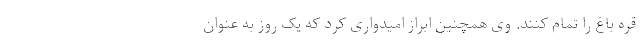
قره باغ را تمام کنند. وی همچنین ابراز امیدواری کرد که یک روز به عنوان